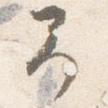
予